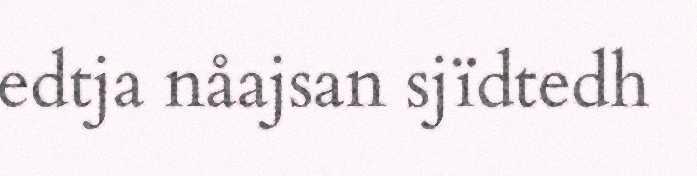
edtja nåajsan sjïdtedh